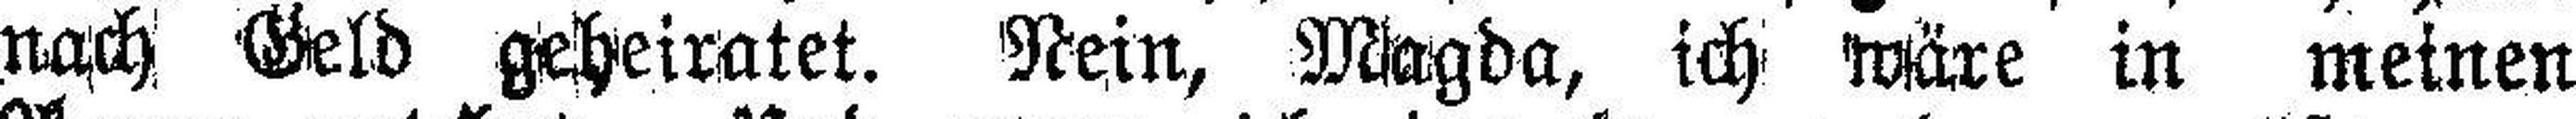
nach Geld geheiratet. Nein, Magda, ich wäre in meinen